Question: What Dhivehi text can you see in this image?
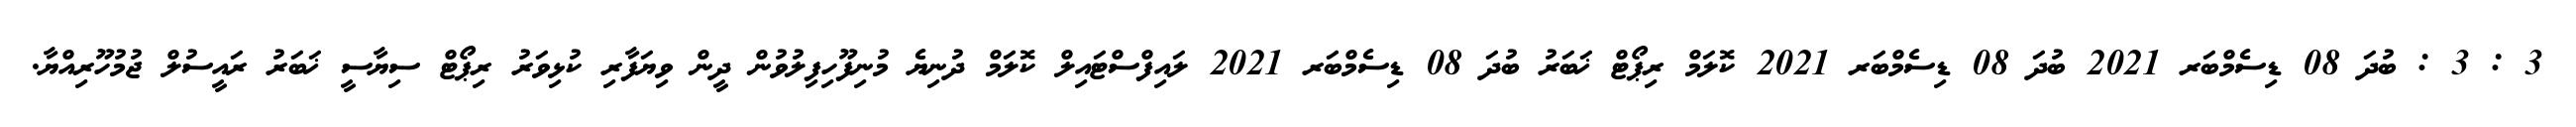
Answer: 3 : 3 : ބުދަ 08 ޑިސެމްބަރ 2021 ބުދަ 08 ޑިސެމްބަރ 2021 ކޮލަމް ރިޕޯޓް ޚަބަރު ބުދަ 08 ޑިސެމްބަރ 2021 ލައިފްސްޓައިލް ކޮލަމް ދުނިޔެ މުނިފޫހިފިލުވުން ދީން ވިޔަފާރި ކުޅިވަރު ރިޕޯޓް ސިޔާސީ ޚަބަރު ރައީސުލް ޖުމުހޫރިއްޔާ.